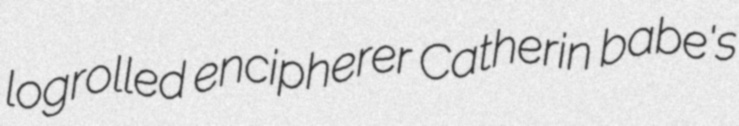
logrolled encipherer Catherin babe's